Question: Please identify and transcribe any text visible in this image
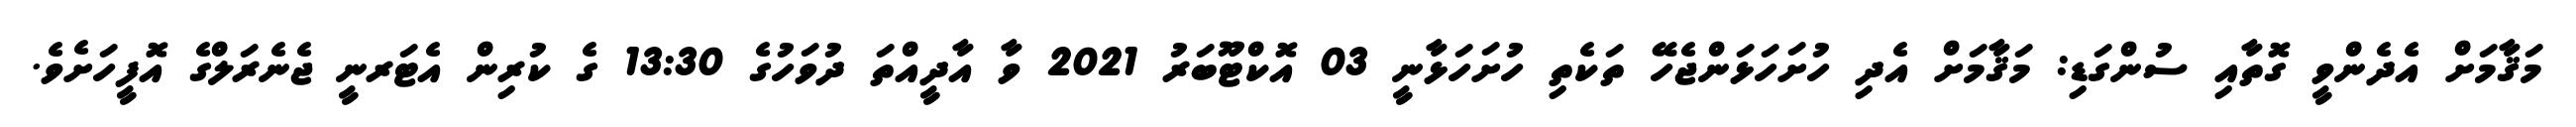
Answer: މަޤާމަށް އެދެންވީ ގޮތާއި ސުންގަޑި: މަޤާމަށް އެދި ހުށަހަޅަންޖެހޭ ތަކެތި ހުށަހަޅާނީ 03 އޮކްޓޫބަރު 2021 ވާ އާދީއްތަ ދުވަހުގެ 13:30 ގެ ކުރިން އެޓަރނީ ޖެނެރަލްގެ އޮފީހަށެވެ.